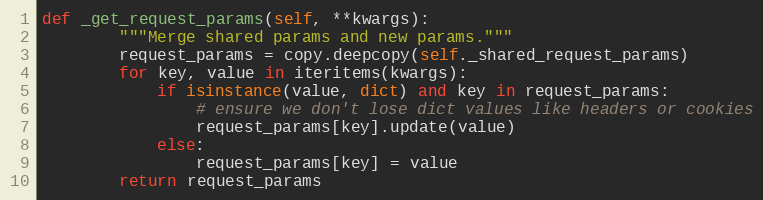
Language: Python
def _get_request_params(self, **kwargs):
        """Merge shared params and new params."""
        request_params = copy.deepcopy(self._shared_request_params)
        for key, value in iteritems(kwargs):
            if isinstance(value, dict) and key in request_params:
                # ensure we don't lose dict values like headers or cookies
                request_params[key].update(value)
            else:
                request_params[key] = value
        return request_params